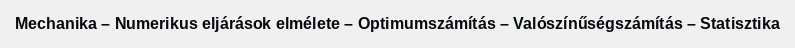
Mechanika – Numerikus eljárások elmélete – Optimumszámítás – Valószínűségszámítás – Statisztika